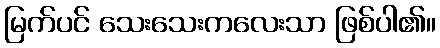
မြက်ပင် သေးသေးကလေးသာ ဖြစ်ပါ၏။